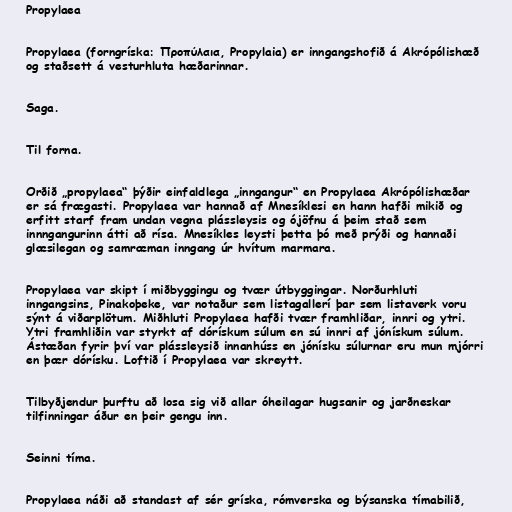
Propylaea

Propylaea (forngríska: Προπύλαια, Propylaia) er inngangshofið á Akrópólishæð
og staðsett á vesturhluta hæðarinnar.

Saga.

Til forna.

Orðið „propylaea“ þýðir einfaldlega „inngangur“ en Propylaea Akrópólishæðar
er sá frægasti. Propylaea var hannað af Mnesíklesi en hann hafði mikið og
erfitt starf fram undan vegna plássleysis og ójöfnu á þeim stað sem
innngangurinn átti að rísa. Mnesíkles leysti þetta þó með prýði og hannaði
glæsilegan og samræman inngang úr hvítum marmara.

Propylaea var skipt í miðbyggingu og tvær útbyggingar. Norðurhluti
inngangsins, Pinakoþeke, var notaður sem listagallerí þar sem listaverk voru
sýnt á viðarplötum. Miðhluti Propylaea hafði tvær framhliðar, innri og ytri.
Ytri framhliðin var styrkt af dórískum súlum en sú innri af jónískum súlum.
Ástæðan fyrir því var plássleysið innanhúss en jónísku súlurnar eru mun mjórri
en þær dórísku. Loftið í Propylaea var skreytt.

Tilbyðjendur þurftu að losa sig við allar óheilagar hugsanir og jarðneskar
tilfinningar áður en þeir gengu inn.

Seinni tíma.

Propylaea náði að standast af sér gríska, rómverska og býsanska tímabilið,